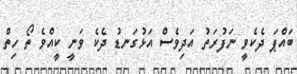
ބައްޕަ ދެކެވީ ނަފުރަތު އަދިވެސް އަޅުގަނޑު ދެކެ ވަނީ ކީއްވެ ތޯ ހިތް